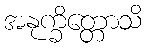
အနုက္ခိတ္တောသိ